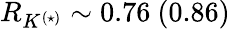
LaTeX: R_{K^{(\star)}}\sim 0.76~(0.86)